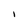
Character: I